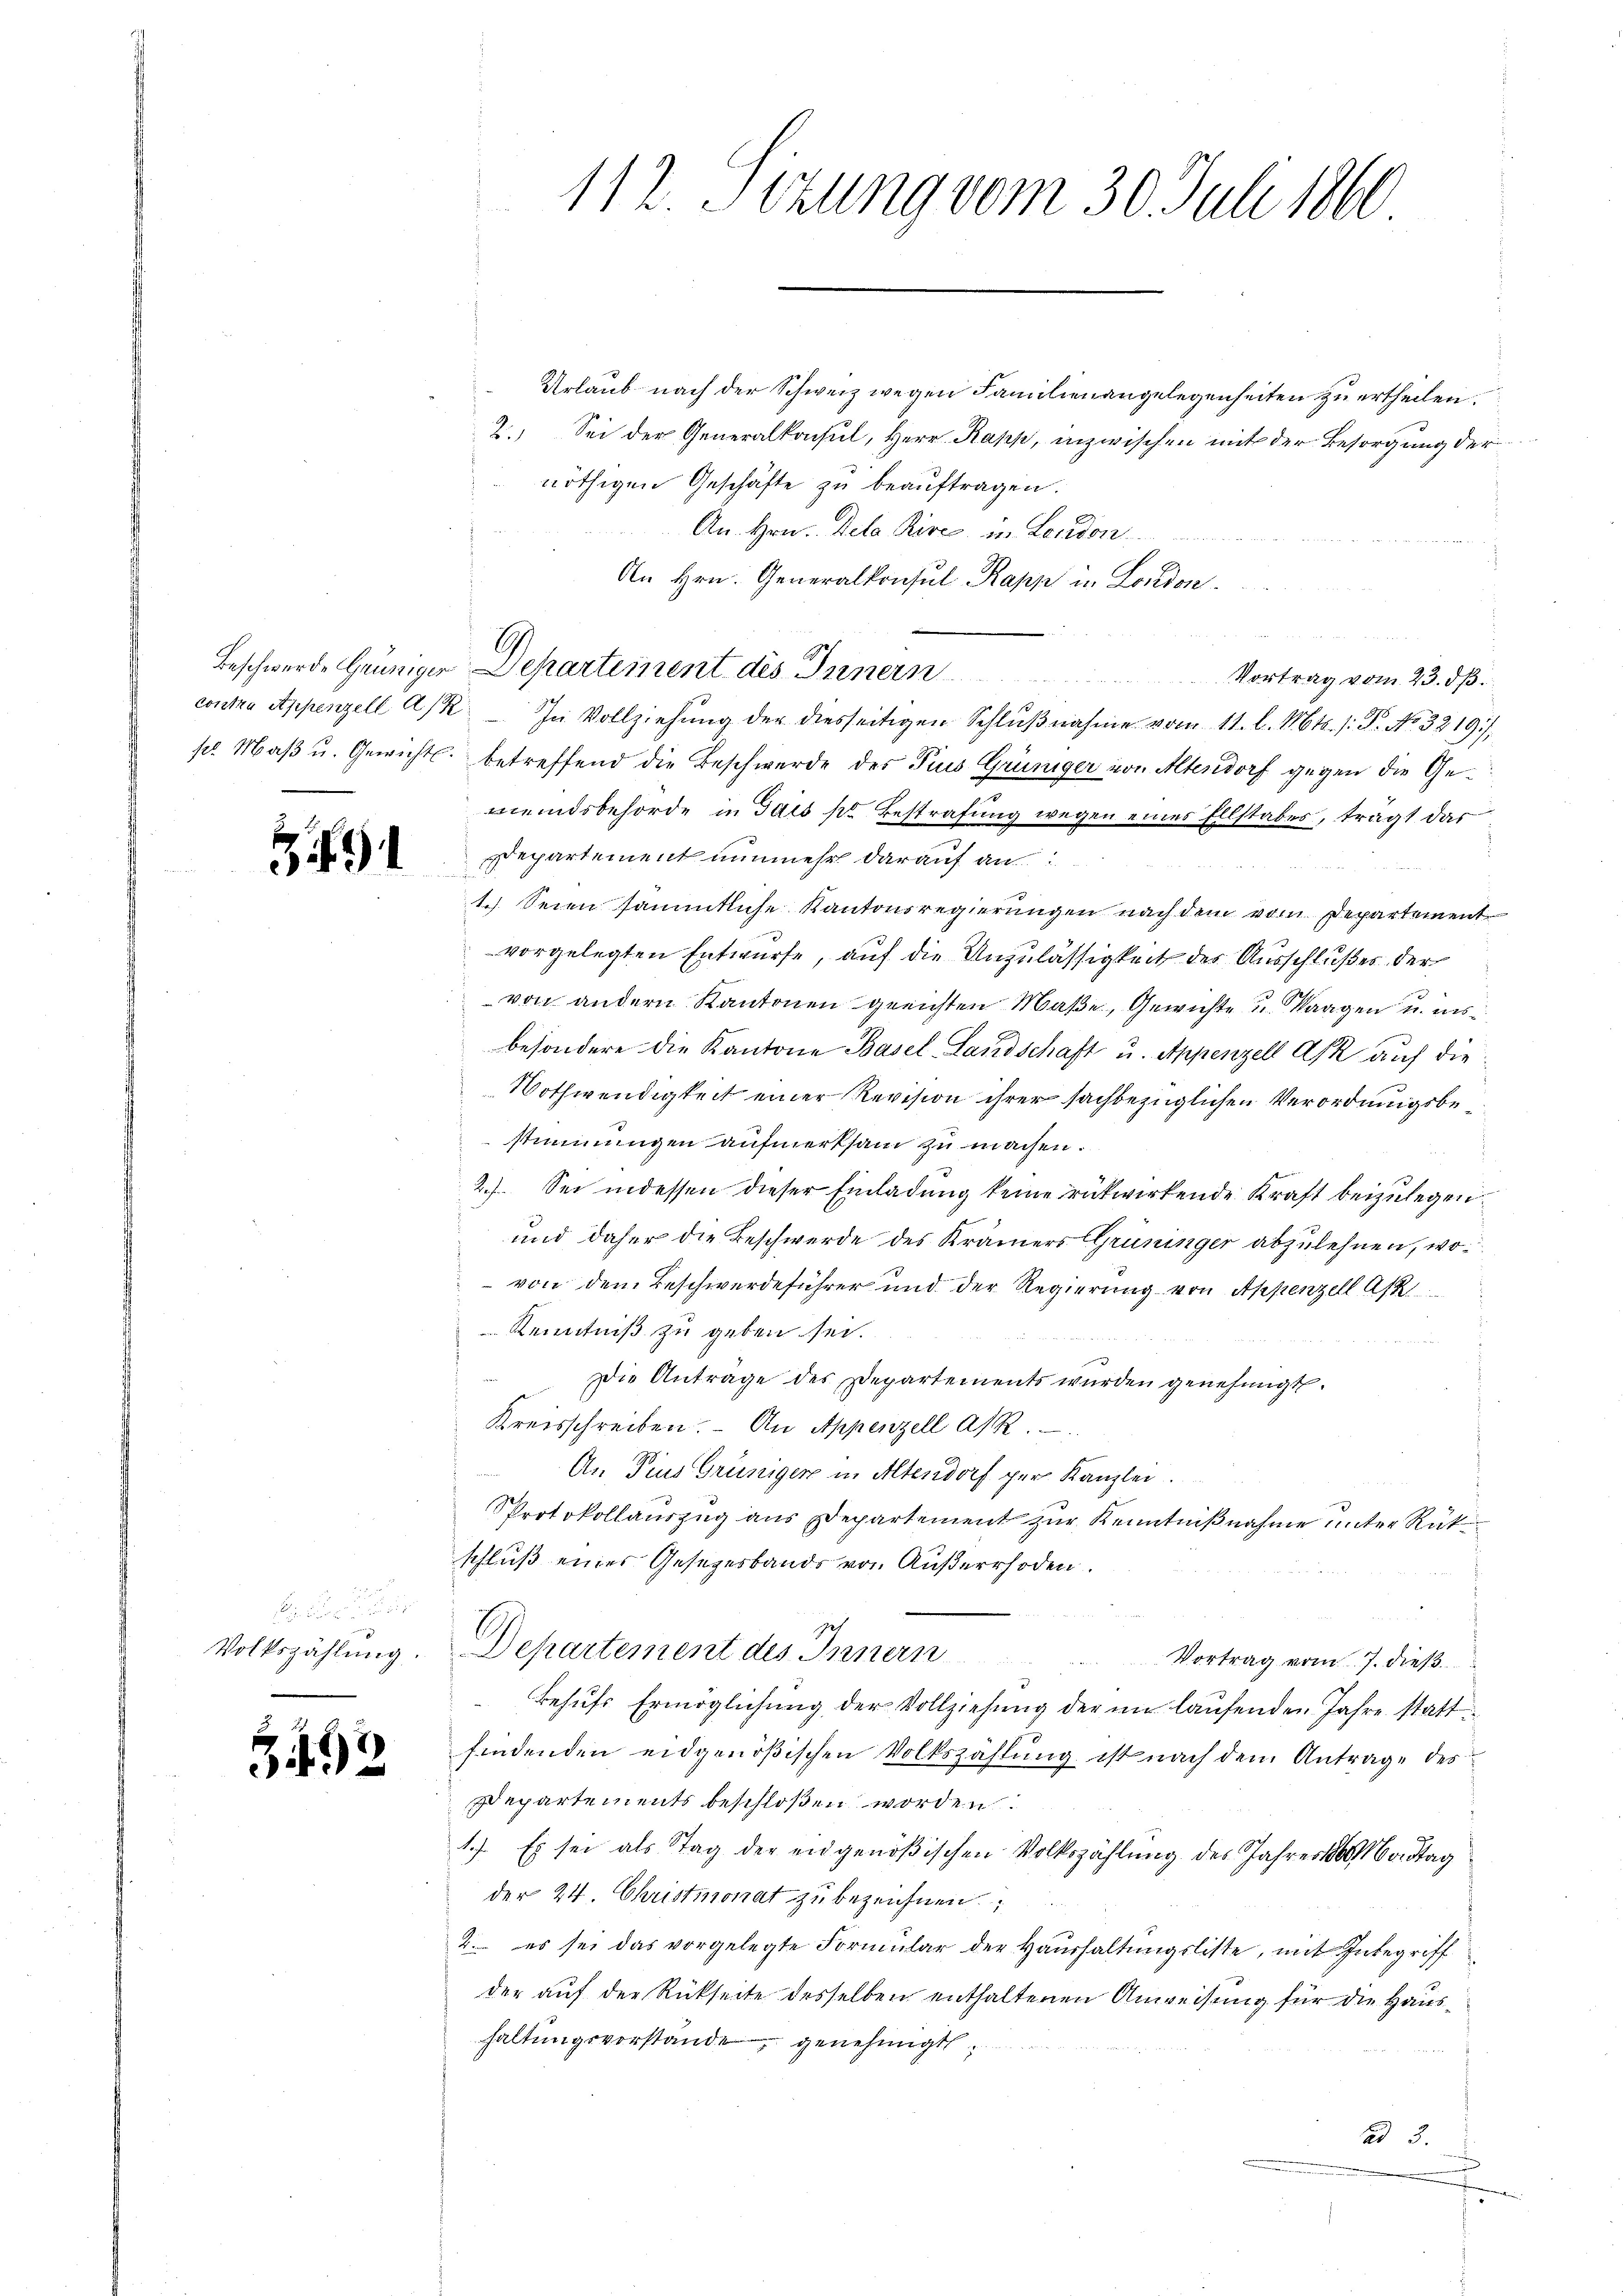
1

e

3492

Urlaub nach der Schweiz wegen Familienangelegenheiten zu ertheilen.
2. Sei der Generalkonsul, Herr Rapp, inzwischen mit der Besorgung der
nöthigen Geschäfte zu beauftragen.
 2
An Hrn. Dela Kire, in London
An Hrn. Generalkonsul Papp in London.
Vortrag vom 23. dß.
contra Appenzell A/ In Vollziehŭng der diesseitigen Schlŭβnahme vom 11. l. Mts. /: P. No. 3219),
pr. Maβ u. Gewichts. betreffend die Beschwerde des Pius Grüniger von Altendorf gegen die Gemeindsbehörde in Gais pr Bestrafung wegen eines Ellstabes, trägt das
Departement nunmehr darauf an
1.) Seien sämmtliche Kantonsregierungen nach dem vom Departement
vorgelegten Entwurfe, auf die Unzulässigkeit des Ausschlußes der
von andern Kantonen greiften Maße, Gewichte u Saagen u. ins
besondere die Kantone Basel Landschaft u. Appenzell A. auf die
Nothwendigkeit einer Revision ihrer sachbezüglichen Verordnungsbestimmungen aufmerksam zu machen.
2.) Sei indessen dieser Einladung keine rükwirkende Kraft beizulegen.
und daher die Beschwerde des Krämers Grüninger abzulehnen, wo¬
 von dem Beschwerdeführer und der Regierung von Appenzell As
 Kenntniß zu geben sei.

Die Antrage des Departements wurden genehmigt.
Kreisschreiben. An Appenzell A/R.
An Pius Grüniger in Altendorf per Kanzlei.
Protokollauszug aus Departement zur Kenntnißnahme unter Rüt
schluß einer Gesezesbands von Außerrhoden.
Volkszählung. Departement des Innern
Vortrag vom 7. dieß
Behŭfs Ermöglichŭng der Vollziehŭng der im laŭfenden Jahre stattfindenden eidgenößischen Volkszählung ist nach dem Antrage des
Departements beschloßen worden.
1.) Es sei als Tag der eidgenößischen Volkszählung des Jahres Mordtag
der 24. Christmonat zu bezeichnen
2. es sei das vorgelegte Formular der Haushaltungsliste, mit Inbegriff
der auf der Rückseite desselben enthaltenen Anweisung für die Haushaltungsvorstände genehmigt
ad 3.

112. Sizung vom 30. Juli 1860

Beschwerde Heuniger Departement des Innern